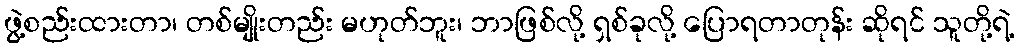
ဖွဲ့စည်းထားတာ၊ တစ်မျိုးတည်း မဟုတ်ဘူး၊ ဘာဖြစ်လို့ ရှစ်ခုလို့ ပြောရတာတုန်း ဆိုရင် သူတို့ရဲ့